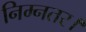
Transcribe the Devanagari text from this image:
निम्नतर।